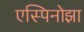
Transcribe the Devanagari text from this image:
एस्पिनोझा